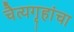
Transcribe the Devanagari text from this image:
चैत्यगृहांचा